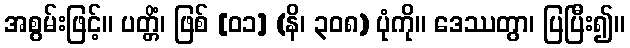
အစွမ်းဖြင့်။ ပတ္တိံ၊ ဖြစ် [၀၁] (နိ၊ ၃၀၈) ပုံကို။ ဒေဿတွာ၊ ပြပြီး၍။